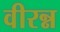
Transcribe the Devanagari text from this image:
वीरन्न